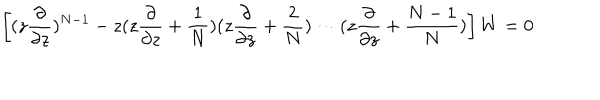
\left[ ( z \frac { \partial } { \partial z } ) ^ { N - 1 } - z ( z \frac { \partial } { \partial z } + \frac { 1 } { N } ) ( z \frac { \partial } { \partial z } + \frac { 2 } { N } ) \cdots ( z \frac { \partial } { \partial z } + \frac { N - 1 } { N } ) \right] W = 0